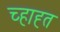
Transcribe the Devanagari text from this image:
च्हाह्त